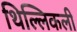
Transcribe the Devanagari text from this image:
थिल्लिकली